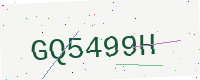
Text: GQ5499H